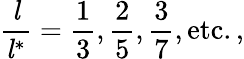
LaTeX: {\frac{\mathit{l}}{{\mathit{l}}^{*}}}={\frac{1}{3}},{\frac{2}{5}},{\frac{3}{7}},{\mathrm{etc.,}}